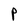
Character: P